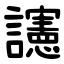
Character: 䜢